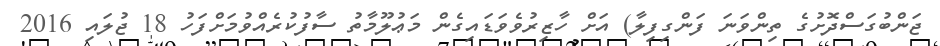
ޖަންބުގަސްދޮށުގެ ތިންވަނަ ފަންގިފިލާ) އަށް ހާޒިރުވެވަޑައިގެން މަޢުލޫމާތު ސާފުކުރެއްވުމަށްފަހު 18 ޖުލައި 2016